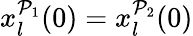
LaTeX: x_{l}^{\mathcal{P}_{1}}(0)=x_{l}^{\mathcal{P}_{2}}(0)